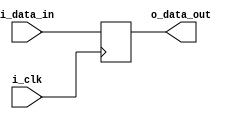
/*
 *Copyright (c) SandboxAQ. All rights reserved.
 *SPDX-License-Identifier: Apache-2.0   
*/


module pipeline_reg_gen
  #(
    parameter REG_STAGES = 1,
    parameter WIDTH = 8
  )
  (
    input wire                     i_clk,
    input wire [WIDTH-1:0]         i_data_in,
    output wire  [WIDTH-1:0]       o_data_out
  );
  
 

reg [WIDTH-1:0] temp [REG_STAGES-1:0];

always@(posedge i_clk)
begin
  temp[0] <= i_data_in;
end

genvar i;
generate
    for(i=1;i<REG_STAGES;i=i+1) begin
        always@(posedge i_clk)
        begin
          temp[i] <= temp[i-1];
        end
    end
endgenerate

assign o_data_out = (REG_STAGES == 0)? i_data_in : temp[REG_STAGES-1];
//assign o_data_out = temp[REG_STAGES-1];
  
endmodule